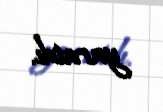
yaratdı.